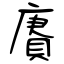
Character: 賡